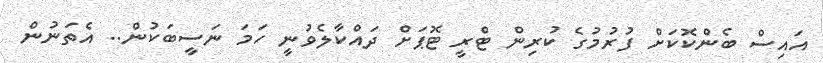
އައިސް ބެންކޮކަށް ފުރުމުގެ ކުރިން ޓްރީ ޓޮޕަށް ދައްކާލެވުނީ ހަމަ ނަސީބަކުން.. އެތަނުން